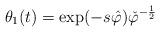
LaTeX: \begin{align*}\theta_{1}( t) =\exp( -s\hat{\varphi})\check{\varphi}^{-\frac{1}{2}}\end{align*}